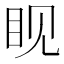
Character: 𪾢